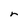
Character: r